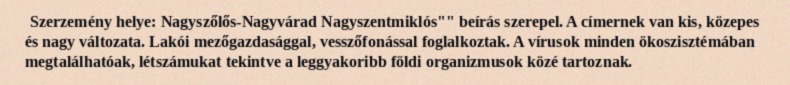
Szerzemény helye: Nagyszőlős-Nagyvárad Nagyszentmiklós"" beírás szerepel. A címernek van kis, közepes és nagy változata. Lakói mezőgazdasággal, vesszőfonással foglalkoztak. A vírusok minden ökoszisztémában megtalálhatóak, létszámukat tekintve a leggyakoribb földi organizmusok közé tartoznak.